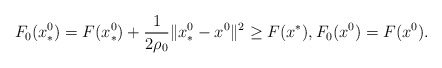
\begin{align*}F_0(x^0_*) =F(x^0_*)+\frac{1}{2\rho_0} \|x^0_*-x^0\|^2\geq F(x^*), F_0(x^0) =F(x^0).\end{align*}